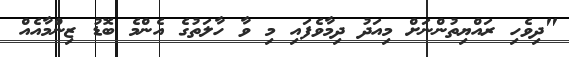
"ދިވެހި ރައްޔިތުންނަށް މިއަދު ދިމާވެފައި މި ވާ ހާލަތުގެ އެންމެ ބޮޑު ޒިންމާއެއް